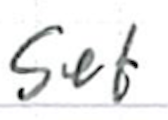
Text: set
Cross-out: clean
Writing tool: ballpoint